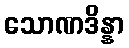
သောဏဒိန္နာ